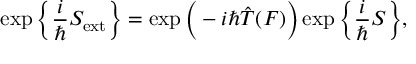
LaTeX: \exp \bigg \{ \frac { i } { \hbar } S _ { \mathrm { e x t } } \bigg \} = \exp \bigg ( - i \hbar \hat { T } ( F ) \bigg ) \exp \bigg \{ \frac { i } { \hbar } S \bigg \} ,